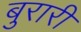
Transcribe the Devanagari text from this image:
बुरारी